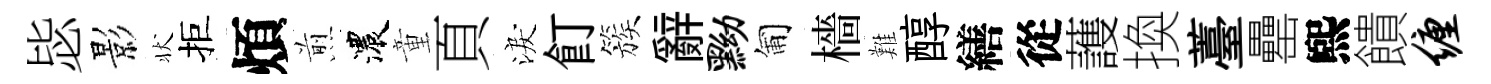
毖影状拒煩煎濃童頁淚飣簇辭黝匍檣難醇繕從䕶換薹罍煕饋缠